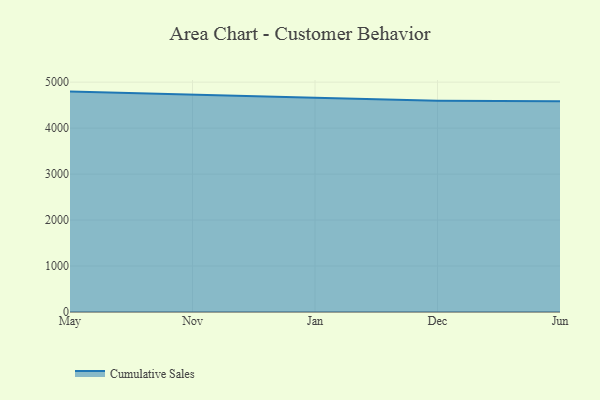
{"axis": {"x": "Month", "y": "Latency (ms)"}, "legend": ["Cumulative Sales"], "data": [{"x": "May", "y": 4794.2, "type": "Cumulative Sales"}, {"x": "Nov", "y": 4734.5, "type": "Cumulative Sales"}, {"x": "Jan", "y": 4661.3, "type": "Cumulative Sales"}, {"x": "Dec", "y": 4593.5, "type": "Cumulative Sales"}, {"x": "Jun", "y": 4582.3, "type": "Cumulative Sales"}]}